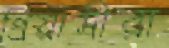
প্রিয়াসীরা